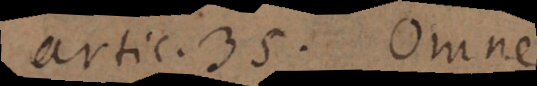
artic. 35. Omne